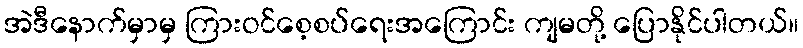
အဲဒီနောက်မှာမှ ကြားဝင်စေ့စပ်ရေးအကြောင်း ကျမတို့ ပြောနိုင်ပါတယ်။